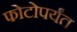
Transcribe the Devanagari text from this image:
फोटोपर्यंत